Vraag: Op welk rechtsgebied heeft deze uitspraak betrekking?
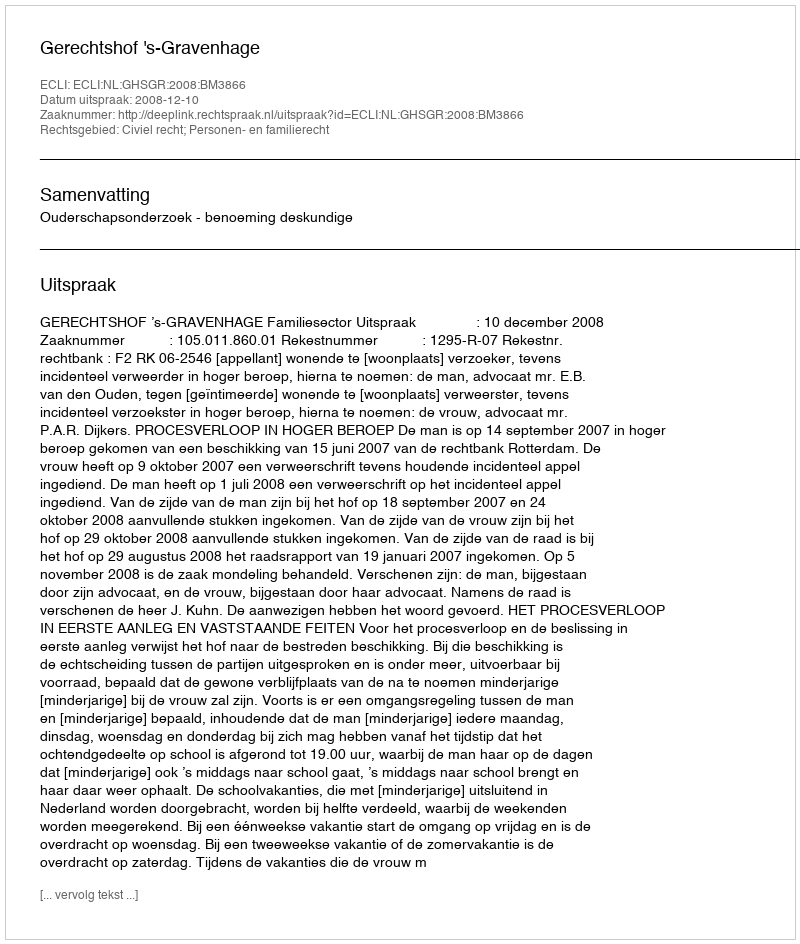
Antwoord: Civiel recht; Personen- en familierecht